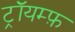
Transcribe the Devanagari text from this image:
ट्रॉयम्फ़